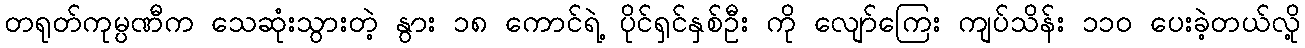
တရုတ်ကုမ္ပဏီက သေဆုံးသွားတဲ့ နွား ၁၈ ကောင်ရဲ့ ပိုင်ရှင်နှစ်ဦး ကို လျော်ကြေး ကျပ်သိန်း ၁၁ဝ ပေးခဲ့တယ်လို့